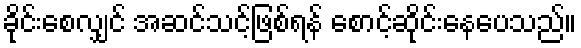
ခိုင်းစေလျှင် အဆင်သင့်ဖြစ်ရန် စောင့်ဆိုင်းနေပေသည်။